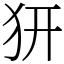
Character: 𤜵